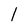
Character: l